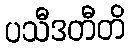
ပသီဒတီတိ